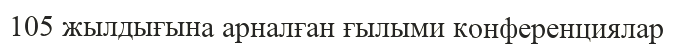
105 жылдығына арналған ғылыми конференциялар